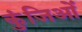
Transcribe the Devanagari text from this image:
कुंजिओं